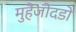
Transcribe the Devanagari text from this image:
मुहैंजोदडो